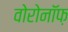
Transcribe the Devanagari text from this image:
वोरोनॉफ़